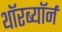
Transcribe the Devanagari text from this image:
थॉरब्यॉर्न